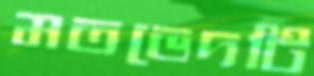
মতভেদটি